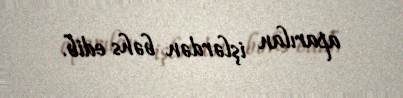
aparılan işlərdən bəhs edib.